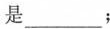
是___；